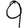
Digit: 9